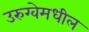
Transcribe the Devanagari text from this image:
उरुग्वेमधील